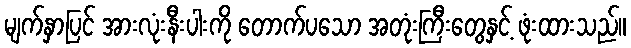
မျက်နှာပြင် အားလုံးနီးပါးကို တောက်ပသော အတုံးကြီးတွေနှင့် ဖုံးထားသည်။